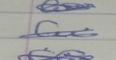
Signature authenticity: genuine